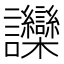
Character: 𬣘